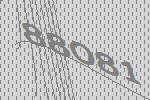
88081